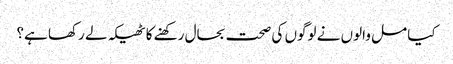
کیا مل والوں نے لوگوں کی صحت بحال رکھنے کا ٹھیکہ لے رکھا ہے؟